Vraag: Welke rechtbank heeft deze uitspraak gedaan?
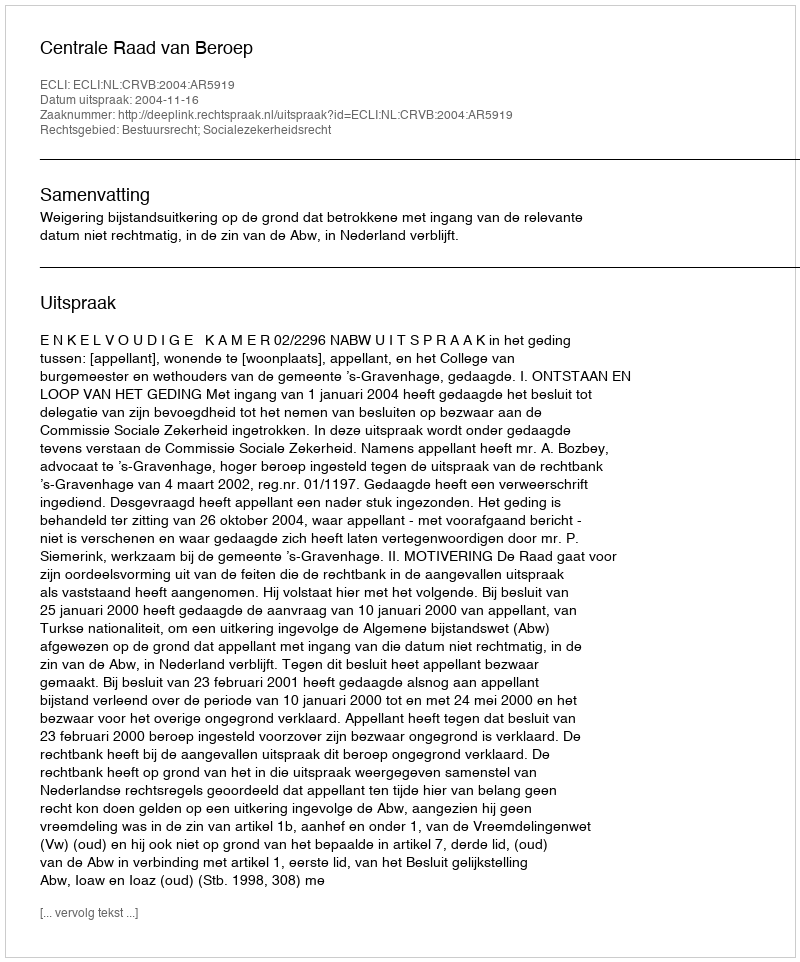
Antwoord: Centrale Raad van Beroep